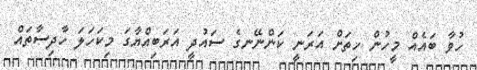
ހުވާ ބައެއް މީހުން ހިތަށް އަރަނީ ކަންނޭނގެ ސައުދީ އަރަބިއްޔާގަ މިކަހަލަ ހާދިސާތައް